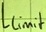
Text: Llimit